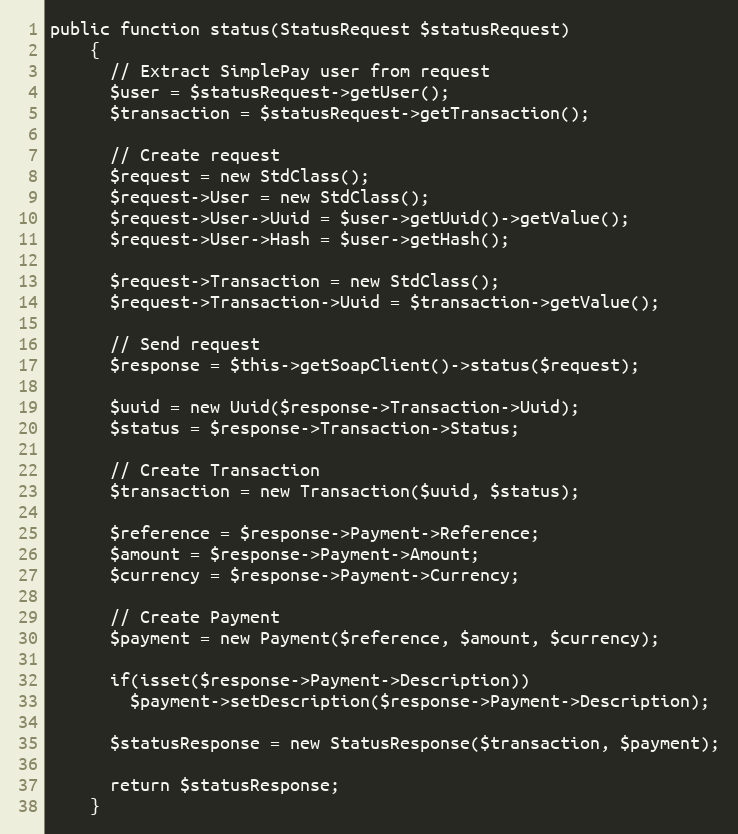
Language: PHP
public function status(StatusRequest $statusRequest)
    {
      // Extract SimplePay user from request
      $user = $statusRequest->getUser();
      $transaction = $statusRequest->getTransaction();

      // Create request
      $request = new StdClass();
      $request->User = new StdClass();
      $request->User->Uuid = $user->getUuid()->getValue();
      $request->User->Hash = $user->getHash();

      $request->Transaction = new StdClass();
      $request->Transaction->Uuid = $transaction->getValue();

      // Send request
      $response = $this->getSoapClient()->status($request);

      $uuid = new Uuid($response->Transaction->Uuid);
      $status = $response->Transaction->Status;

      // Create Transaction
      $transaction = new Transaction($uuid, $status);

      $reference = $response->Payment->Reference;
      $amount = $response->Payment->Amount;
      $currency = $response->Payment->Currency;

      // Create Payment
      $payment = new Payment($reference, $amount, $currency);

      if(isset($response->Payment->Description))
        $payment->setDescription($response->Payment->Description);

      $statusResponse = new StatusResponse($transaction, $payment);

      return $statusResponse;
    }